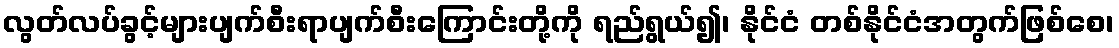
လွတ်လပ်ခွင့်များပျက်စီးရာပျက်စီးကြောင်းတို့ကို ရည်ရွယ်၍၊ နိုင်ငံ တစ်နိုင်ငံအတွက်ဖြစ်စေ၊